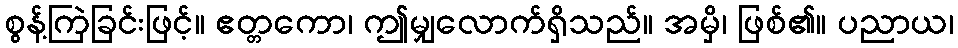
စွန့်ကြဲခြင်းဖြင့်။ ဧတ္တကော၊ ဤမျှလောက်ရှိသည်။ အမှိ၊ ဖြစ်၏။ ပညာယ၊